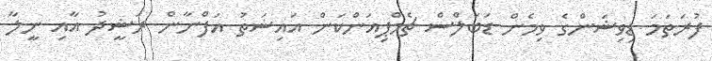
ފުރަތަމަ ޑިވިޝަންގެ ވިމެން ޑަބަލްސް ޗެމްޕިއަންކަން އައިޝަތު އަފްނާން ރަޝީދު އާއި ނީލާ